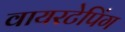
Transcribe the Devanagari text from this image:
वायरटेपिंग